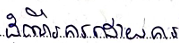
ដំណើរការដោយការ